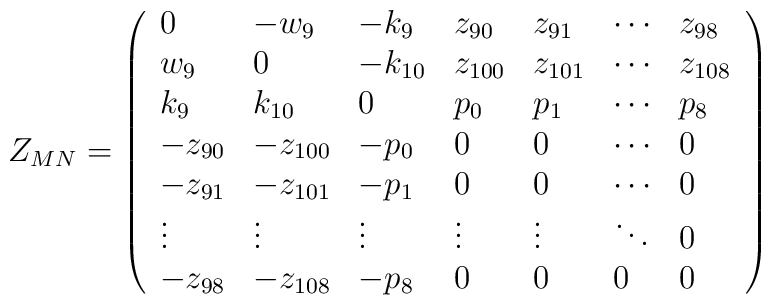
Z_{MN}=\left( \begin{array}{lllllll}0 & -w_9 & -k_9 & z_{90} & z_{91} & \cdots  & z_{98} \\ w_9 & 0 & -k_{10} & z_{100} & z_{101} & \cdots  & z_{108} \\ k_9 & k_{10} & 0 & p_0 & p_1 & \cdots  & p_8 \\ -z_{90} & -z_{100} & -p_0 & 0 & 0 & \cdots  & 0 \\ -z_{91} & -z_{101} & -p_1 & 0 & 0 & \cdots  & 0 \\ \vdots  & \vdots  & \vdots  & \vdots  & \vdots  & \ddots  & 0 \\ -z_{98} & -z_{108} & -p_8 & 0 & 0 & 0 & 0\end{array}\right)